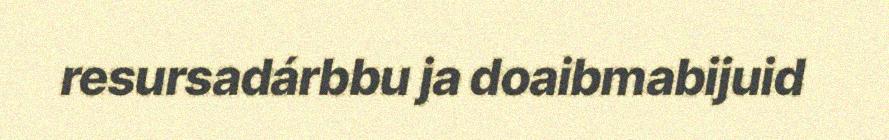
resursadárbbu ja doaibmabijuid